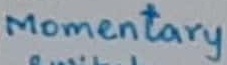
Text: Momentary